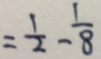
= \frac { 1 } { 2 } - \frac { 1 } { 8 }